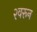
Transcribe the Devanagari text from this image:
२वरून